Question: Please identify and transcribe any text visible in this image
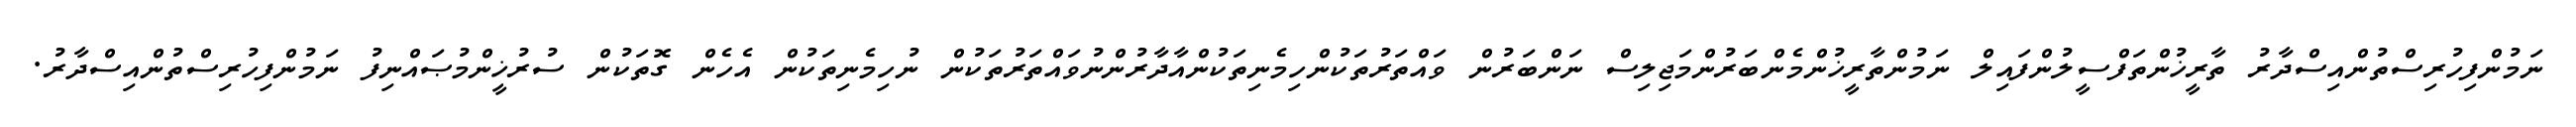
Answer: ނަމުންފިހުރިސްތުންއިސްދާރު ތާރީޚުންތަފްސީލުންފައިލް ނަމުންތާރީޚުންމެންބަރުންމަޖިލިސް ނަންބަރުން ވައްތަރުތަކުންހިމެނިތަކުންއާދާރުންނުވައްތަރުތަކުން ނުހިމެނިތަކުން އެހެން ގޮތަކުން ސުރުޚީންމުޞައްނިފު ނަމުންފިހުރިސްތުންއިސްދާރު.